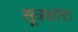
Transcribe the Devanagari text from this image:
सूत्रधारः